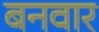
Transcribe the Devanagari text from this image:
बनवार